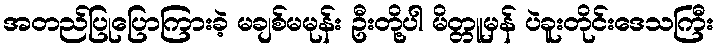
အတည်ပြုပြောကြားခဲ့ မချစ်မမုန်း ဦးတို့ပါ မိတ္တူမှန် ပဲခူးတိုင်းဒေသကြီး